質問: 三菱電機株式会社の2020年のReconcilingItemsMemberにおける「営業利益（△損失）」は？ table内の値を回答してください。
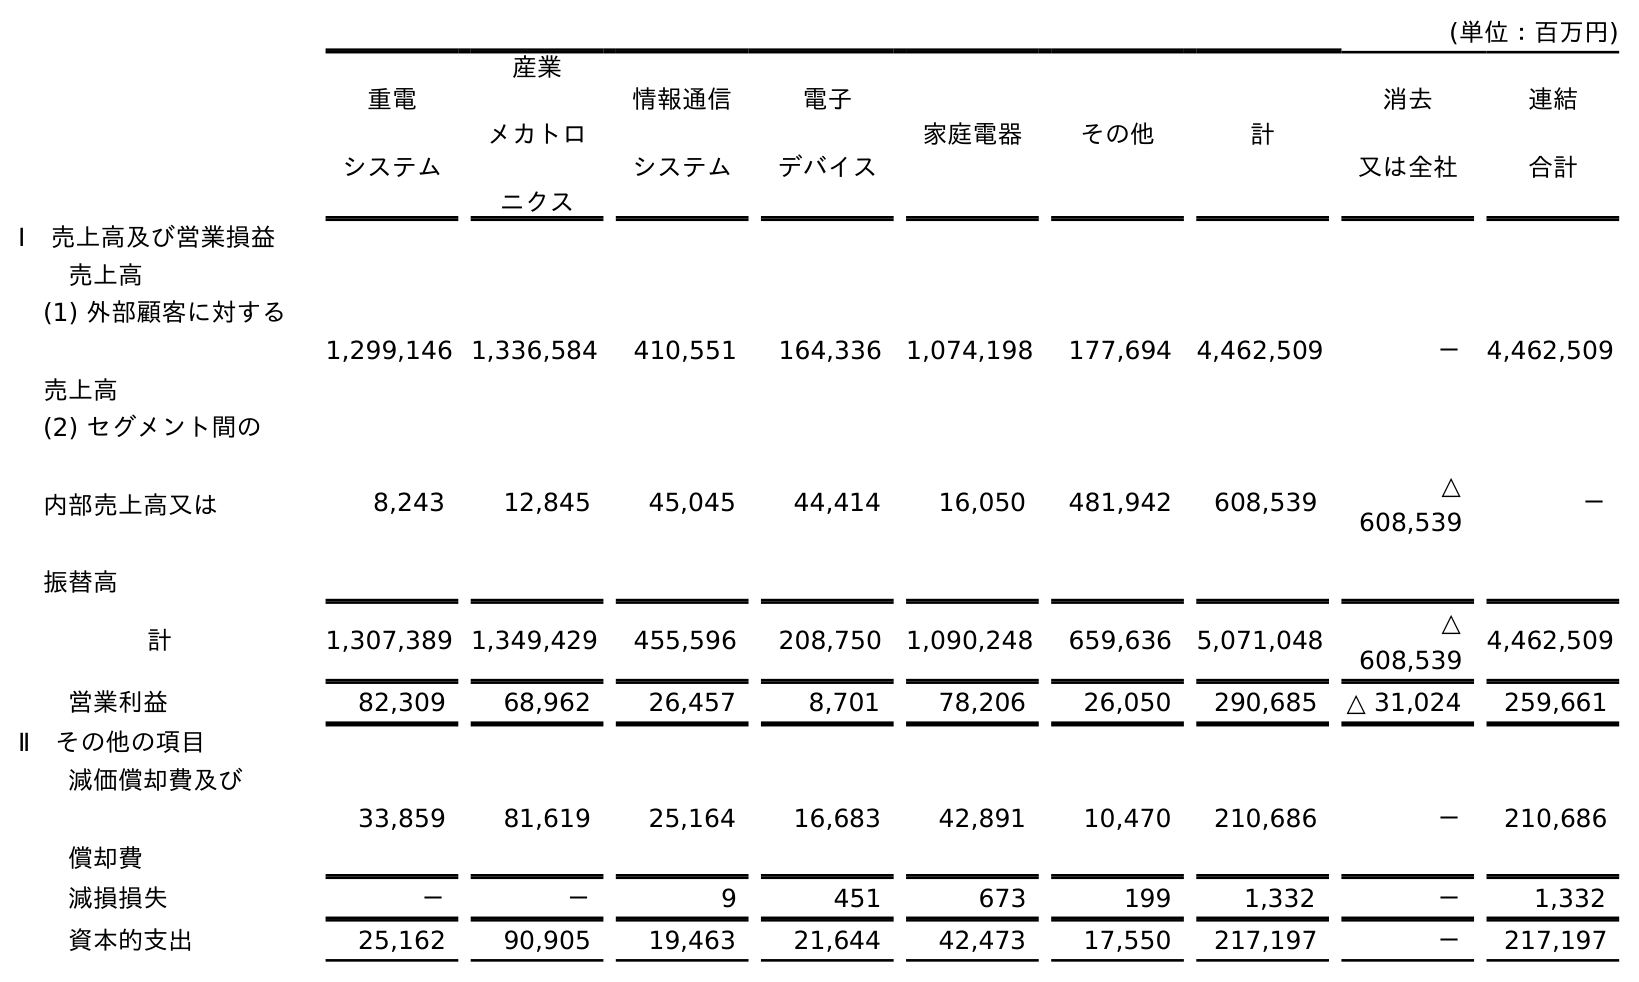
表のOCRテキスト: (単位：百万円) 重電 システム 産業 メカトロ ニクス 情報通信 システム 電子 デバイス 家庭電器 その他 計 消去 又は全社 連結 合計 Ⅰ 売上高及び営業損益 売上高 (1) 外部顧客に対する 売上高 1,299,146 1,336,584 410,551 164,336 1,074,198 177,694 4,462,509 － 4,462,509 (2) セグメント間の 内部売上高又は 振替高 8,243 12,845 45,045 44,414 16,050 481,942 608,539 △ 608,539 － 計 1,307,389 1,349,429 455,596 208,750 1,090,248 659,636 5,071,048 △ 608,539 4,462,509 営業利益 82,309 68,962 26,457 8,701 78,206 26,050 290,685 △ 31,024 259,661 Ⅱ その他の項目 減価償却費及び 償却費 33,859 81,619 25,164 16,683 42,891 10,470 210,686 － 210,686 減損損失 － － 9 451 673 199 1,332 － 1,332 資本的支出 25,162 90,905 19,463 21,644 42,473 17,550 217,197 － 217,197
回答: △31,024